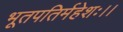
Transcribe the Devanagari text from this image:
भूतपतिर्महेशः।।